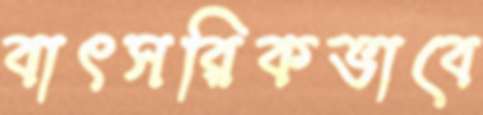
বাৎসরিকভাবে